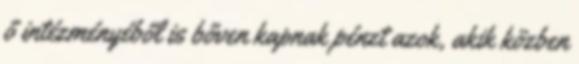
ő intézményéből is bőven kapnak pénzt azok, akik közben